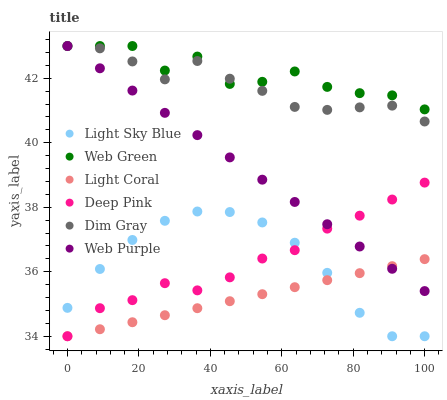
| xaxis_label | Light Sky Blue | Web Green | Light Coral | Deep Pink | Dim Gray | Web Purple |
 | --- | --- | --- | --- | --- | --- | --- |
 | 0 | 34.9 | 43 | 34 | 34 | 43 | 43 |
 | 9.09 | 36.1 | 43 | 34.2 | 34.9 | 42.9 | 42.3 |
 | 18.2 | 37 | 43 | 34.4 | 35.1 | 42.5 | 41.6 |
 | 27.3 | 37.6 | 42.2 | 34.7 | 35.6 | 42 | 40.9 |
 | 36.4 | 37.9 | 42.7 | 34.9 | 35.4 | 42.5 | 40.2 |
 | 45.5 | 37.9 | 41.8 | 35.1 | 35.8 | 42 | 39.5 |
 | 54.5 | 37.5 | 41.9 | 35.3 | 36.4 | 41.6 | 38.9 |
 | 63.6 | 36.9 | 42.2 | 35.5 | 36.7 | 41.1 | 38.2 |
 | 72.7 | 36 | 41.7 | 35.7 | 37.3 | 41 | 37.5 |
 | 81.8 | 34.7 | 41.5 | 36 | 37.7 | 41.1 | 36.8 |
 | 90.9 | 34 | 41.5 | 36.2 | 38.2 | 41.2 | 36.1 |
 | 100 | 34 | 41 | 36.4 | 38.8 | 40.7 | 35.4 |